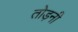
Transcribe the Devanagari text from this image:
तोड़नी